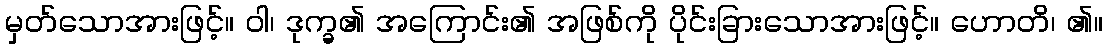
မှတ်သောအားဖြင့်။ ဝါ၊ ဒုက္ခ၏ အကြောင်း၏ အဖြစ်ကို ပိုင်းခြားသောအားဖြင့်။ ဟောတိ၊ ၏။